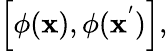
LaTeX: \left[\phi({\mathbf x}),\phi({\mathbf x}^{'})\right],